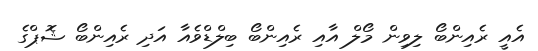
އެއީ ރެއިންބޯ ލިވިން މޯލް އާއި ރެއިންބޯ ބިލްޑްވެއާ އަދި ރެއިންބޯ ޝޮޕްގެ